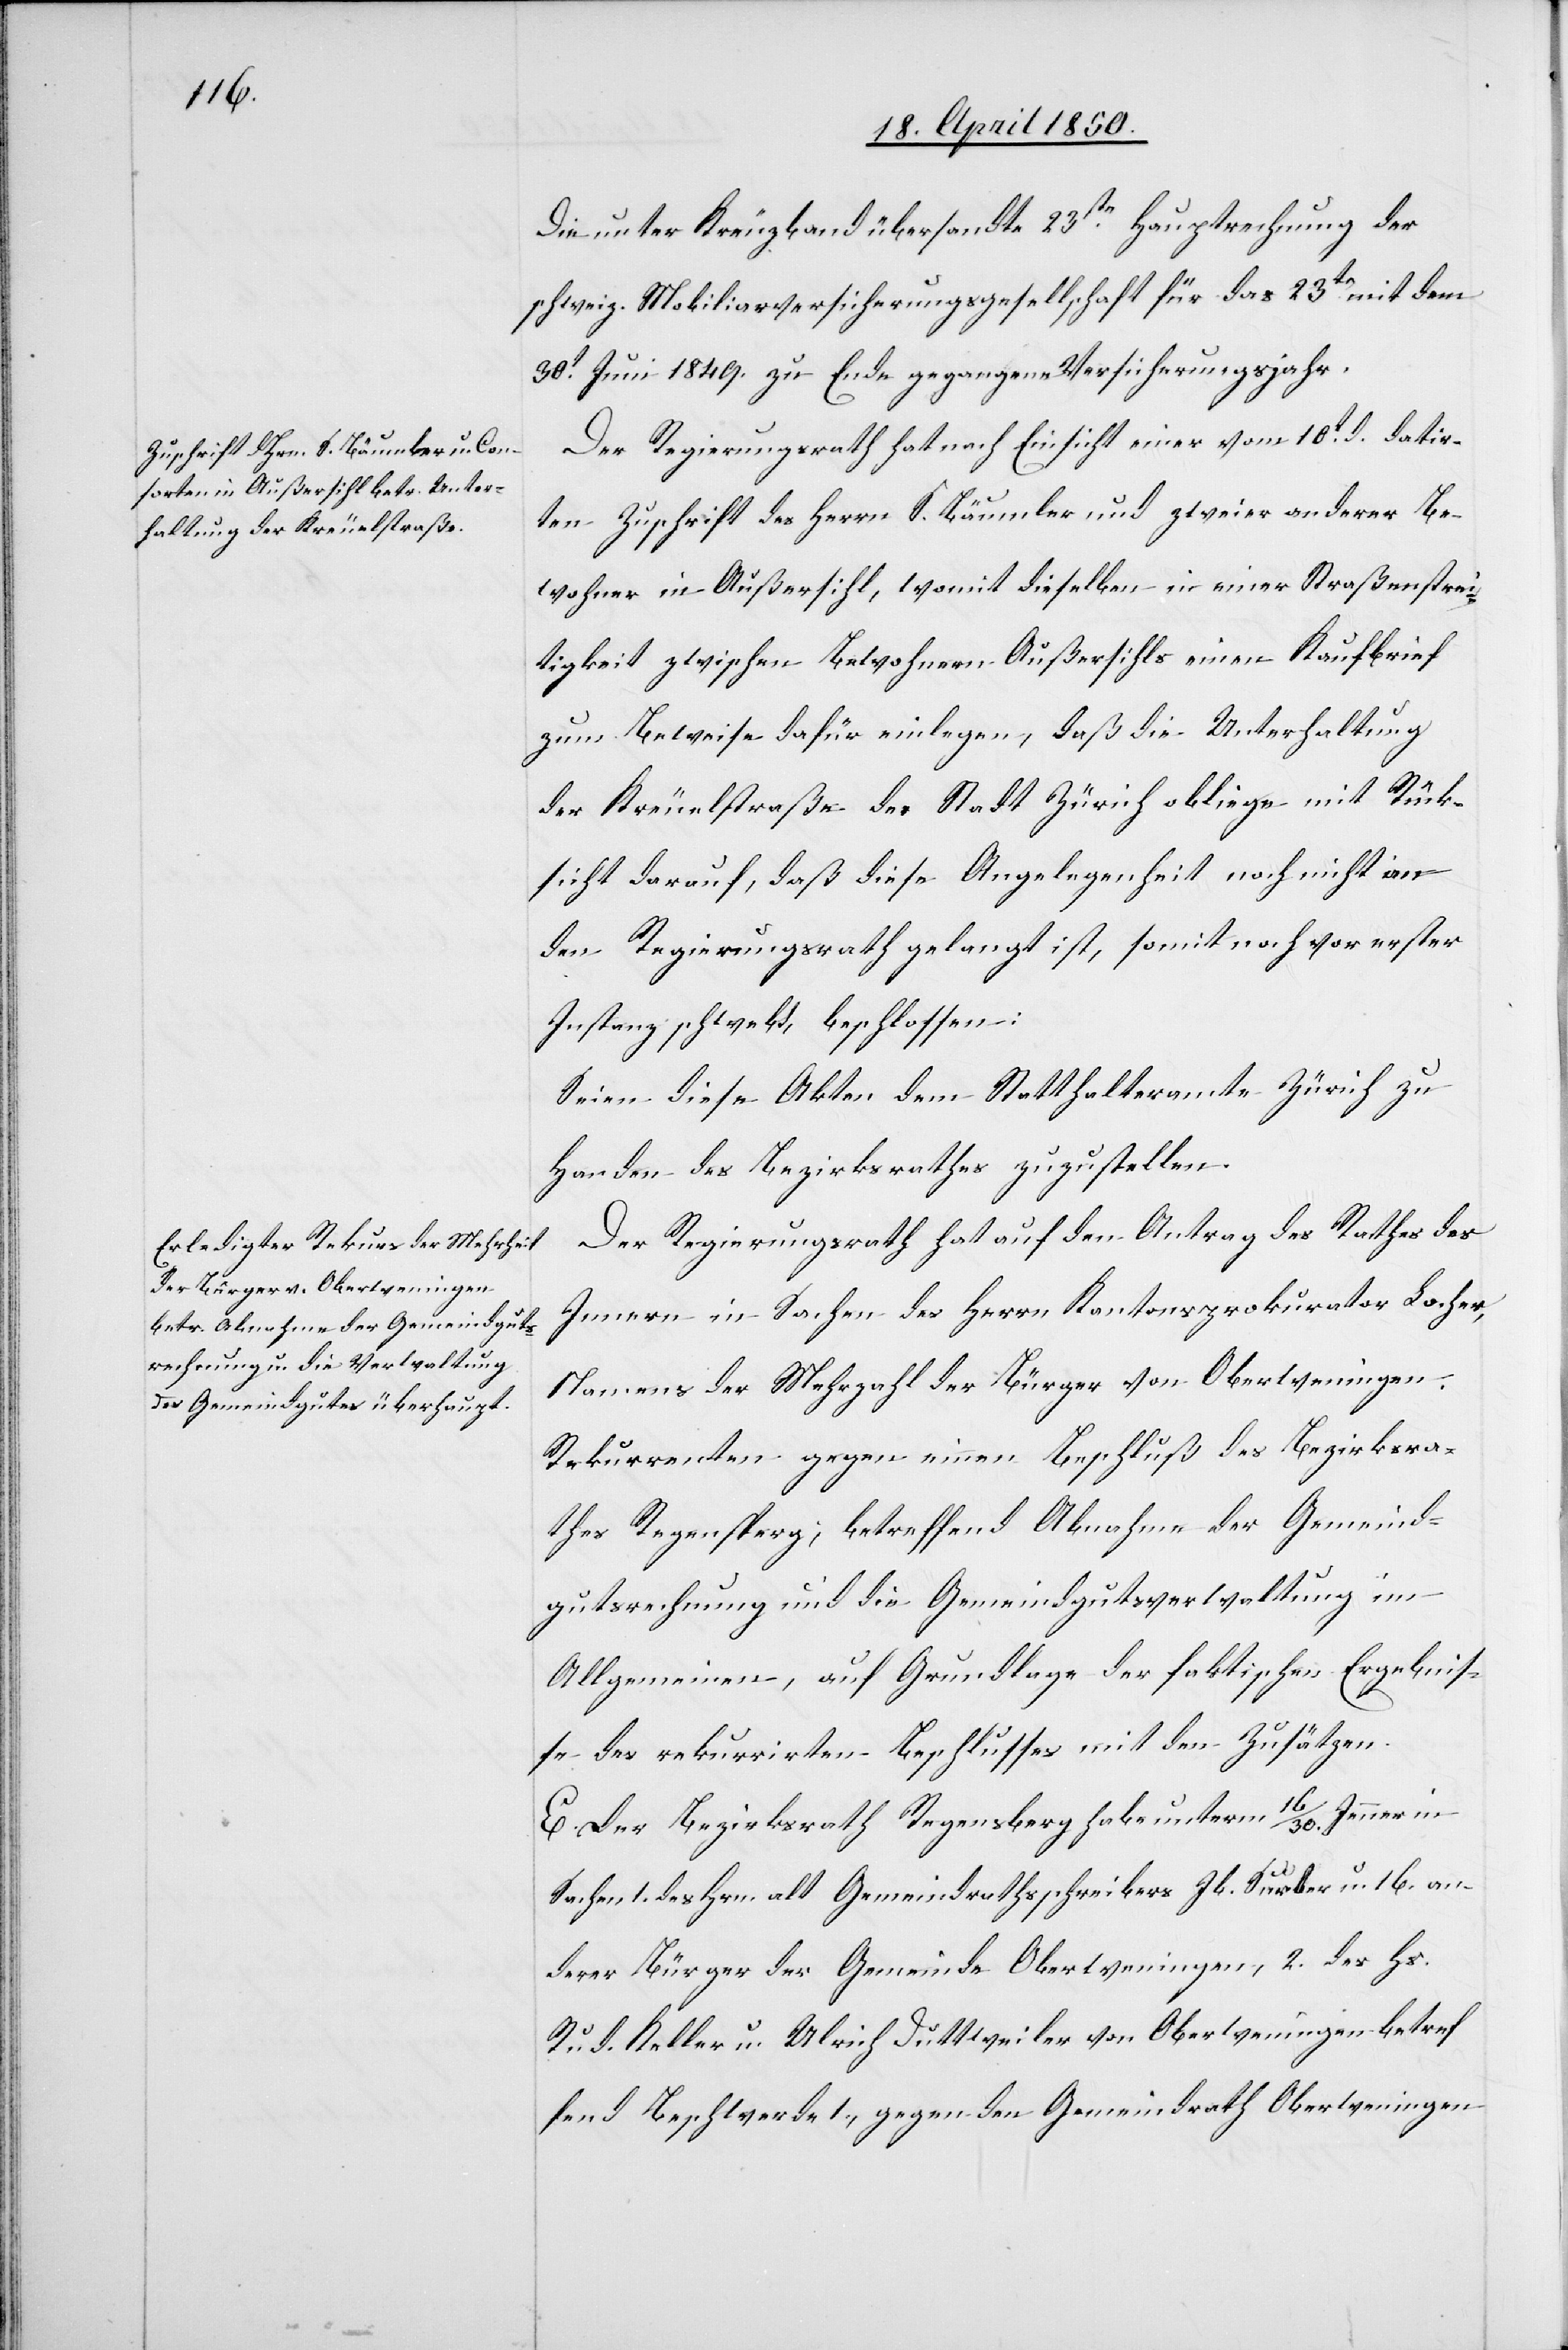
Die unter Kreuzband übersandte 23te Hauptrechnung der
schweiz. Mobiliarversicherungsgesellschaft für das 23te mit dem
30t Juni 1849. zu Ende gegangene Versicherungsjahr.
Der Regierungsrath hat nach Einsicht einer vom 10t d. datir¬
ten Zuschrift des Herrn S. Bäumler und zweier anderer Be¬
wohner in Außersihl, womit dieselben in einer Straßenstrei¬
tigkeit zwischen Bewohnern Außersihls einen Kaufbrief
zum Beweise dafür einlegen, daß die Unterhaltung
der Kreuelstraße der Stadt Zürich obliege mit Rück¬
sicht darauf, daß diese Angelegenheit noch nicht an
den Regierungsrath gelangt ist, somit noch vor erster
Instanz schwebt, beschlossen:
Seien diese Akten dem Statthalteramte Zürich zu
Handen des Bezirksrathes zuzustellen.
Der Regierungsrath hat auf den Antrag des Rathes des
Innern in Sachen des Herrn Kantonsprokurator Locher,
Namens der Mehrzahl der Bürger von Oberweningen
Rekurrenten gegen einen Beschluß des Bezirksra¬
thes Regensperg; betreffend Abnahme der Gemeind¬
gutsrechnung und die Gemeindgutsverwaltung im
Allgemeinen, auf Grundlage der faktischen Ergebnis¬
se des rekurrirten Beschlusses mit den Zusätzen.
E. Der Bezirksrath Regensberg habe unterm 16/30. Jenner in
Sachen 1. des Hrn. alt Gemeindrathsschreibers Jb. Surber u. 16. an¬
derer Bürger der Gemeinde Oberweningen, 2. des Hs.
Rud. Keller u. Ulrich Duttweiler von Oberweningen betref¬
fend Beschwerde 1., gegen den Gemeindrath Oberweningen